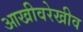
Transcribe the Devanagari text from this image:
आखीवरेखीव